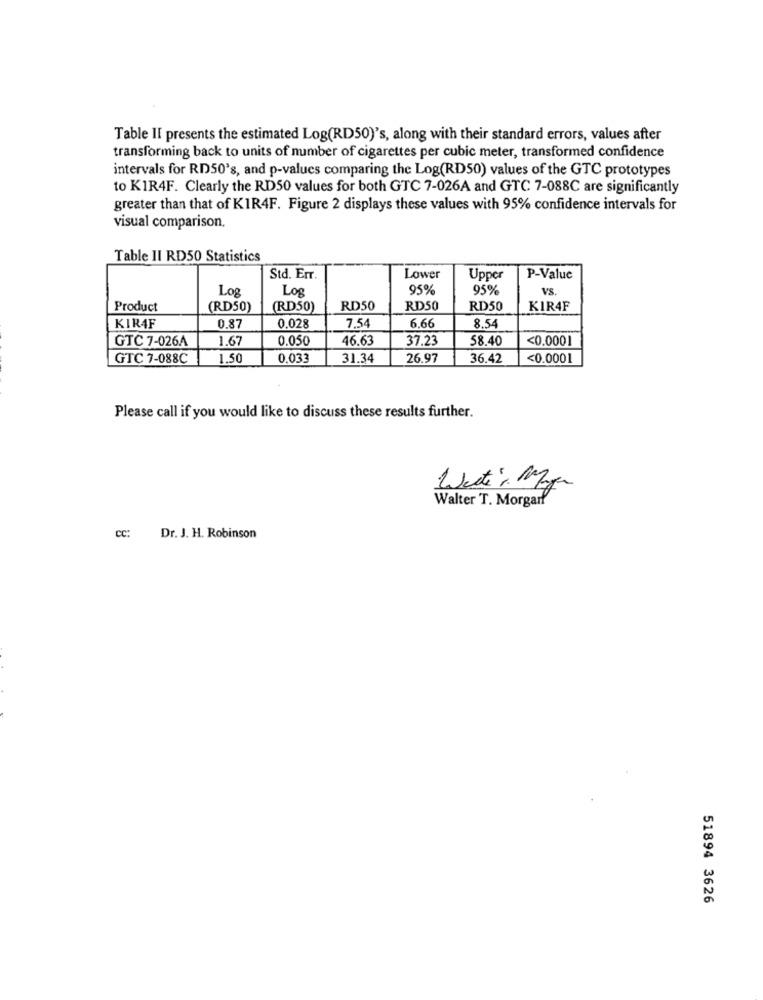
Table II presents the estimated Log(RD50)'s, along with their standard errors, values after
transforming back to units of number of cigarettes per cubic meter, transformed confidence
intervals for RD50's, and p-values comparing the Log(RD50) values of the GTC prototypes
to KIR4F. Clearly the RD50 values for both GTC 7-026A and GTC 7-088C are significantly
greater than that of KIR4F. Figure 2 displays these values with 95% confidence intervals for
visual comparison.
Table II RD50 Statistics
Std. Err.
Lower
Upper
P-Value
Log
Log
95%
95%
VS.
Product
(RD50)
(RD50)
RD50
RD50
RD50
KIR4F
KIR4F
0.87
0.028
7.54
6.66
8.54
GTC 7-026A
1.67
0.050
46.63
37.23
58.40
<0.0001
GTC 7-088C
1,50
0.033
31.34
26.97
36.42
<0.0001
Please call if you would like to discuss these results further.
N
Walter T. Morganf
Cc: Dr. J. H. Robinson
51894 3626